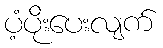
ပံ့ပိုးပေးလျက်